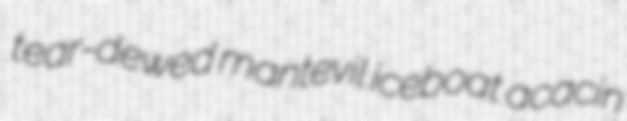
tear-dewed mantevil iceboat acacin